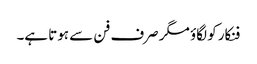
فنکار کو لگاؤ مگر صرف فن سے ہوتا ہے۔